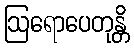
ဩရောပေတုန္တိ